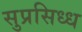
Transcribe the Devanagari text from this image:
सुप्रसिध्ध